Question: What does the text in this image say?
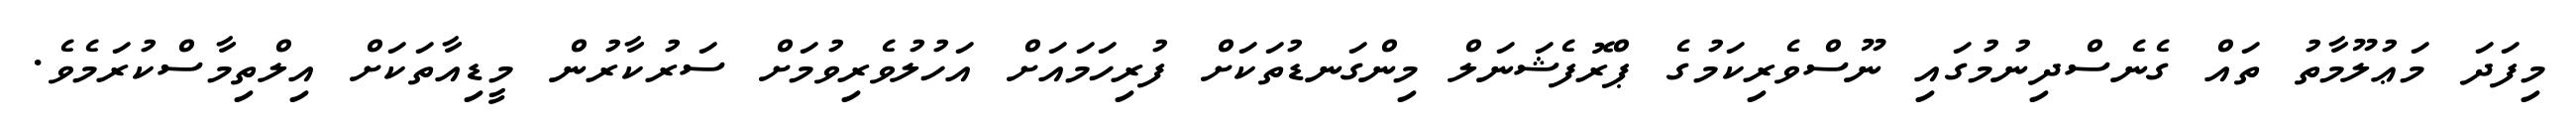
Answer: މިފަދަ މަޢުލޫމާތު ތައް ގެނެސްދިނުމުގައި ނޫސްވެރިކަމުގެ ޕްރޮފެޝަނަލް މިންގަނޑުތަކަށް ފުރިހަމައަށް އަހުލުވެރިވުމަށް ސަރުކާރުން މީޑިއާތަކަށް އިލްތިމާސްކުރަމެވެ.